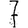
Digit: 7